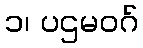
၁၊ ပဌမဝဂ်